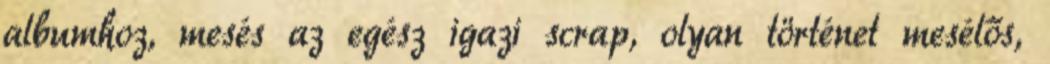
albumhoz, mesés az egész igazi scrap, olyan történet mesélős,